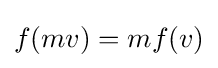
f(mv)=mf(v)